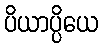
ပိယာပ္ပိယေ